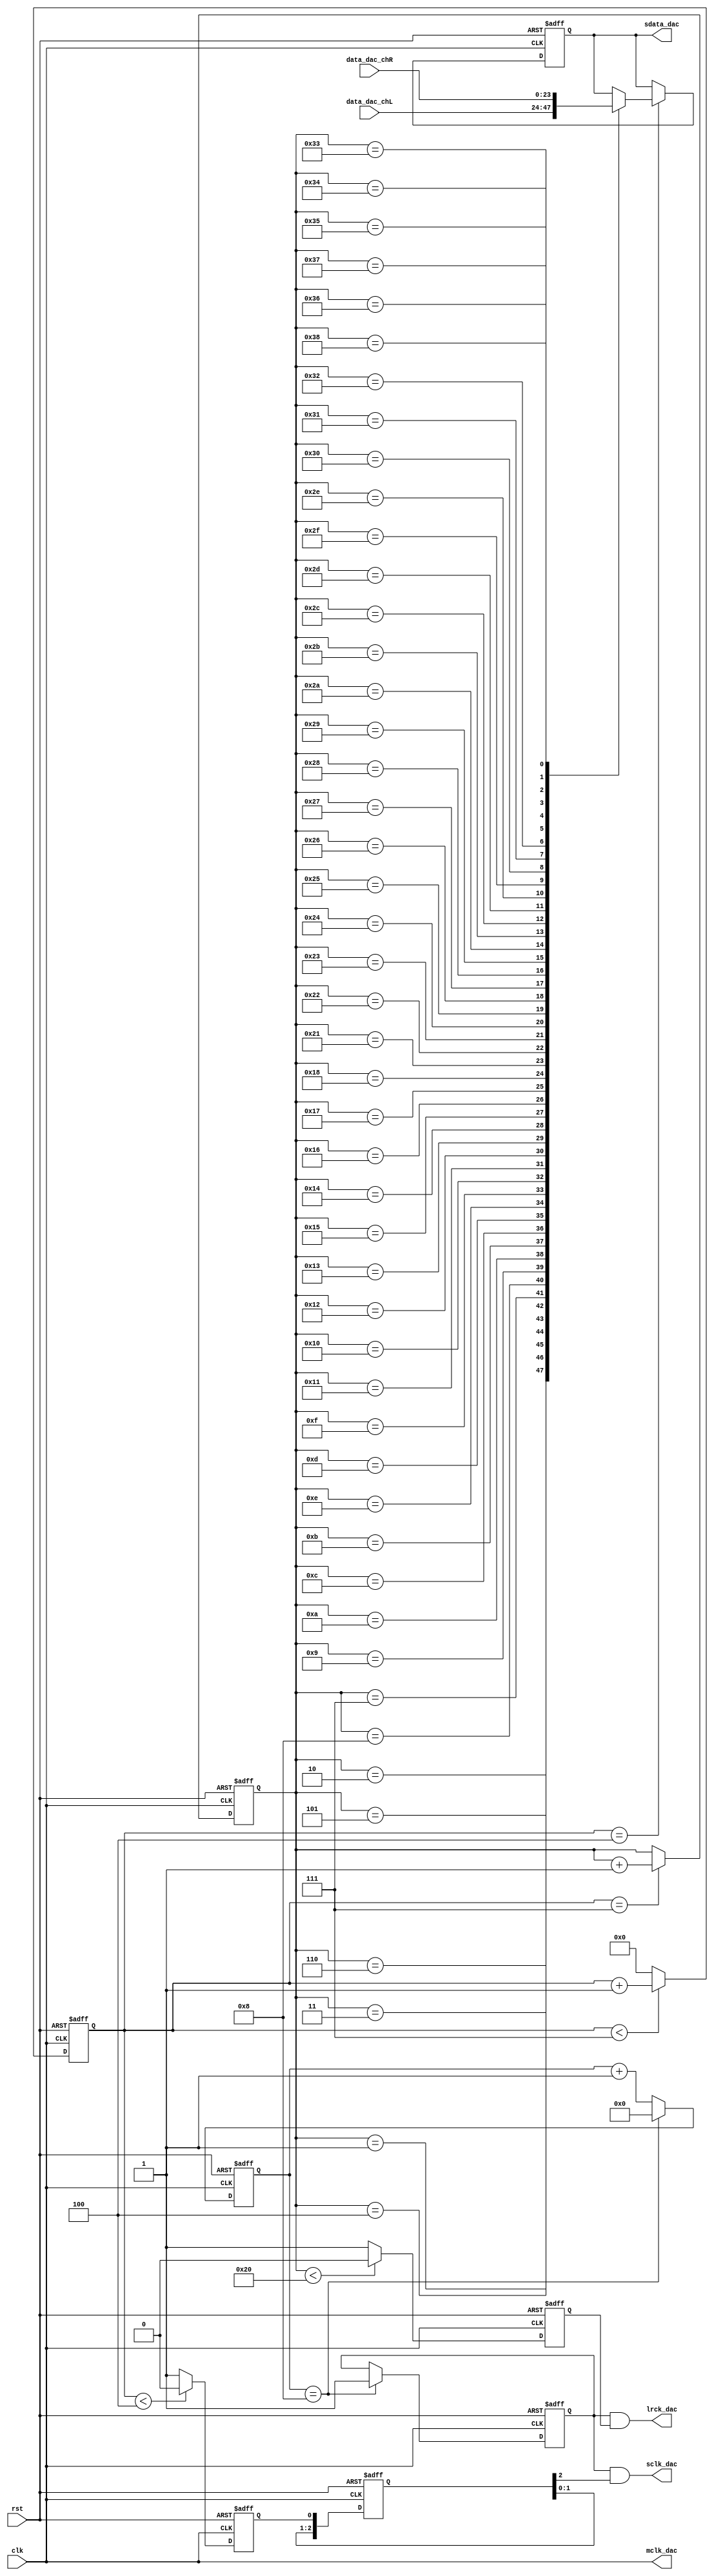
module dac_controller_new_1213(
	input clk,
	input rst,	
	input [23:0] data_dac_chL,
	input [23:0] data_dac_chR,	
	output mclk_dac,
	output sclk_dac,
	output lrck_dac,
	output reg sdata_dac
);

	reg [7:0] delay_cnt;
	reg delay_flag;

	reg sclk_dac_buf;
	reg lrck_dac_buf;

	localparam DELAY_NUM = 5'd200;
	localparam CNT_MAX = 4'd8;

	//dac mclk,直接给主时钟
	assign mclk_dac = clk;

	always @ (posedge clk, posedge rst)
		if (rst) begin
			delay_cnt <= 0;
			delay_flag <= 0;
		end
		else if (delay_cnt == DELAY_NUM) begin   
			delay_cnt <= 0;
			delay_flag <= 1;
		end
		else begin
			delay_cnt <= delay_cnt + 1'b1;
			delay_flag <= delay_flag;
		end	
 
	reg [3:0] cnt;
	
	always @ (posedge clk,posedge rst)
		if (rst) cnt <= 4'd0;
		else if (cnt < CNT_MAX - 1) cnt <= cnt + 1'b1;
		else cnt <= 4'd0;
	
	always @ (posedge clk, posedge rst)
		if (rst) sclk_dac_buf <= 1'b0;
		else if (cnt < CNT_MAX/2) sclk_dac_buf <= 1'b0;
		else sclk_dac_buf <= 1'b1;
	
	reg [2:0] sclk_dac_buf_reg;
	
	always @ (posedge clk, posedge rst)
		if (rst) sclk_dac_buf_reg <= 3'b0;
		else begin
			sclk_dac_buf_reg[2] <= sclk_dac_buf_reg[1];
			sclk_dac_buf_reg[1] <= sclk_dac_buf_reg[0];
			sclk_dac_buf_reg[0] <= sclk_dac_buf;
		end
	
	reg [5:0] bit_cnt;	
	
	always @ (posedge clk, posedge rst)
		if (rst) bit_cnt <= 6'd0;
		else if (cnt == CNT_MAX - 1) bit_cnt <= bit_cnt + 1'b1;
		else;
	
	always @ (posedge clk, posedge rst)
		if (rst) lrck_dac_buf <= 1'b0;
	   else if (bit_cnt < 6'd32) lrck_dac_buf <= 1'b0;
		else lrck_dac_buf <= 1'b1;
 
	assign lrck_dac = delay_flag && lrck_dac_buf;
   assign sclk_dac = delay_flag && sclk_dac_buf_reg[2];

////将两通道波形数据并串转换，送至dac数据端
	always @ (posedge clk, posedge rst)
		if (rst) sdata_dac <= 1'b0;
		else if (cnt == CNT_MAX/2) begin
			case (bit_cnt)
				6'd1: sdata_dac <= data_dac_chL[23];
				6'd2: sdata_dac <= data_dac_chL[22];
				6'd3: sdata_dac <= data_dac_chL[21];
				6'd4: sdata_dac <= data_dac_chL[20];
				6'd5: sdata_dac <= data_dac_chL[19];
				6'd6: sdata_dac <= data_dac_chL[18];
				6'd7: sdata_dac <= data_dac_chL[17];
				6'd8: sdata_dac <= data_dac_chL[16];
				6'd9: sdata_dac <= data_dac_chL[15];
				6'd10:sdata_dac <= data_dac_chL[14];
				6'd11:sdata_dac <= data_dac_chL[13];
				6'd12:sdata_dac <= data_dac_chL[12];
				6'd13:sdata_dac <= data_dac_chL[11];
				6'd14:sdata_dac <= data_dac_chL[10];
				6'd15:sdata_dac <= data_dac_chL[9];
				6'd16:sdata_dac <= data_dac_chL[8];
				6'd17:sdata_dac <= data_dac_chL[7];
				6'd18:sdata_dac <= data_dac_chL[6];
				6'd19:sdata_dac <= data_dac_chL[5];
				6'd20:sdata_dac <= data_dac_chL[4];
				6'd21:sdata_dac <= data_dac_chL[3];
				6'd22:sdata_dac <= data_dac_chL[2];
				6'd23:sdata_dac <= data_dac_chL[1];
				6'd24:sdata_dac <= data_dac_chL[0];
				
				6'd33: sdata_dac <= data_dac_chR[23];
				6'd34: sdata_dac <= data_dac_chR[22];
				6'd35: sdata_dac <= data_dac_chR[21];
				6'd36: sdata_dac <= data_dac_chR[20];
				6'd37: sdata_dac <= data_dac_chR[19];
				6'd38: sdata_dac <= data_dac_chR[18];
				6'd39: sdata_dac <= data_dac_chR[17];
				6'd40: sdata_dac <= data_dac_chR[16];
				6'd41: sdata_dac <= data_dac_chR[15];
				6'd42:sdata_dac <= data_dac_chR[14];
				6'd43:sdata_dac <= data_dac_chR[13];
				6'd44:sdata_dac <= data_dac_chR[12];
				6'd45:sdata_dac <= data_dac_chR[11];
				6'd46:sdata_dac <= data_dac_chR[10];
				6'd47:sdata_dac <= data_dac_chR[9];
				6'd48:sdata_dac <= data_dac_chR[8];
				6'd49:sdata_dac <= data_dac_chR[7];
				6'd50:sdata_dac <= data_dac_chR[6];
				6'd51:sdata_dac <= data_dac_chR[5];
				6'd52:sdata_dac <= data_dac_chR[4];
				6'd53:sdata_dac <= data_dac_chR[3];
				6'd54:sdata_dac <= data_dac_chR[2];
				6'd55:sdata_dac <= data_dac_chR[1];
				6'd56:sdata_dac <= data_dac_chR[0];
				
				default:;
			endcase
		end

endmodule